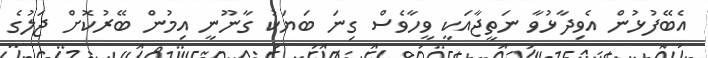
އެބޭފުޅުން އެވިދާޅުވާ ނަތީޖާއަކީ ވީހާވެސް ގިނަ ބަޔަކު ގާނޫނީ އިމުން ބޭރުކޮށް ޖަލުގެ